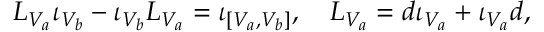
{ \cal L } _ { V _ { a } } \iota _ { V _ { b } } - \iota _ { V _ { b } } { \cal L } _ { V _ { a } } = \iota _ { [ V _ { a } , V _ { b } ] } , \quad { \cal L } _ { V _ { a } } = d \iota _ { V _ { a } } + \iota _ { V _ { a } } d ,